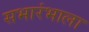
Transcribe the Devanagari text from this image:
सभारंभाला